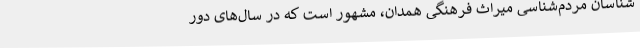
شناسان مردم‌شناسی میراث فرهنگی همدان، مشهور است که در سال‌های دور